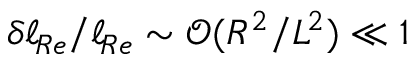
\delta \ell _ { \! R e } / \ell _ { \! R e } \sim \mathcal O ( R ^ { 2 } / L ^ { 2 } ) \ll 1